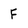
Character: F